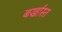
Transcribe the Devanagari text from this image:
बर्खास्त